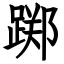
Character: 踯